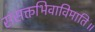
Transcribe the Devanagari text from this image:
संसक्तभिवाविमाति॥